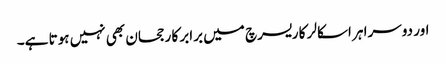
اور دوسرا ہر اسکالر کا ریسرچ میں برابر کا رجحان بھی نہیں ہوتا ہے۔